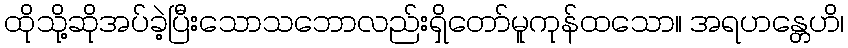
ထိုသို့ဆိုအပ်ခဲ့ပြီးသောသဘောလည်းရှိတော်မူကုန်ထသော။ အရဟန္တေဟိ၊